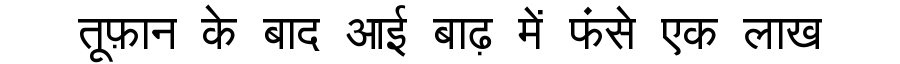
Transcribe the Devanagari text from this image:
तूफ़ान के बाद आई बाढ़ में फंसे एक लाख